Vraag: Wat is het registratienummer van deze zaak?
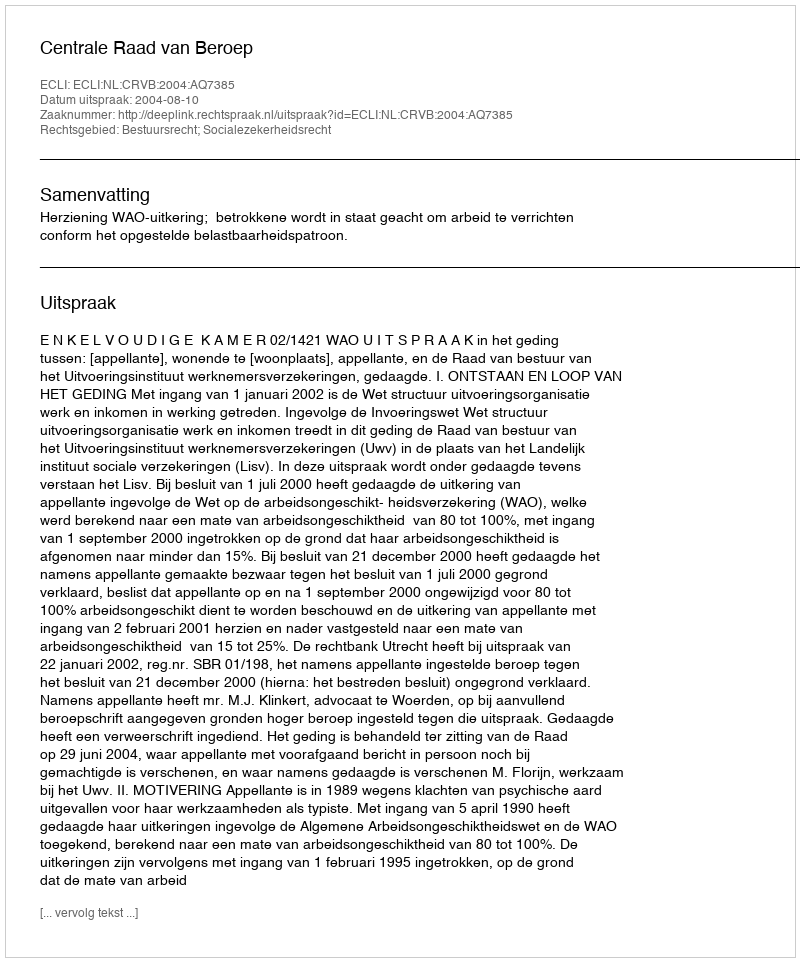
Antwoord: http://deeplink.rechtspraak.nl/uitspraak?id=ECLI:NL:CRVB:2004:AQ7385